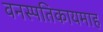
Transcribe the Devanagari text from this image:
वनस्पतिकायमाह